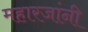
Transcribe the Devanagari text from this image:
महारजांनी